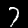
Label: 7